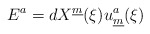
\begin{align*}E^a = dX^{\underline{m}}(\xi) u_{\underline{m}}^a (\xi)\end{align*}